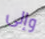
وإلى